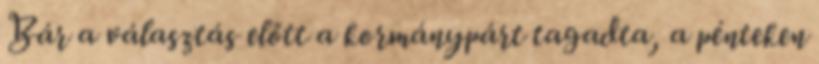
Bár a választás előtt a kormánypárt tagadta, a pénteken